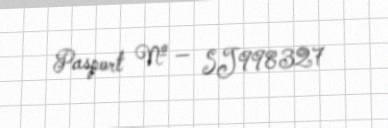
Pasport № — SJ998327